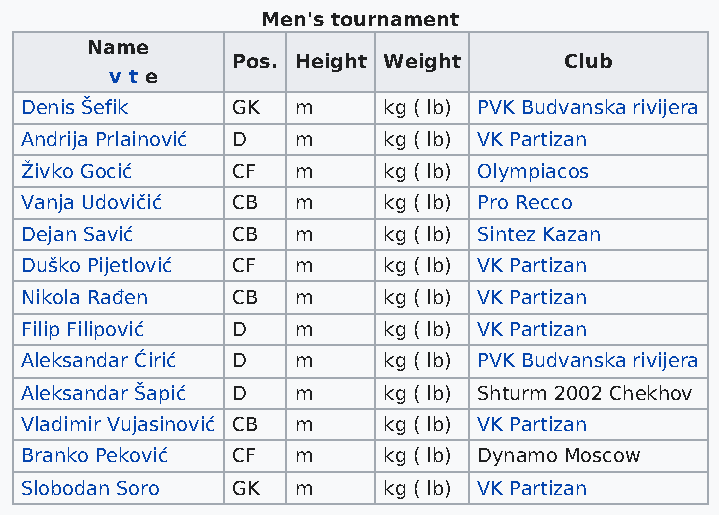
Men's tournament
 Name
 Pos. Height Weight    Club
 v t e
 Denis Šefik   GK  m     kg ( lb) PVK Budvanska rivijera
 Andrija Prlainović D m  kg ( lb) VK Partizan
 Živko Gocić   CF  m     kg ( lb) Olympiacos
 Vanja Udovičić CB m     kg ( lb) Pro Recco
 Dejan Savić   CB  m     kg ( lb) Sintez Kazan
 Duško Pijetlović CF m   kg ( lb) VK Partizan
 Nikola Rađen  CB  m     kg ( lb) VK Partizan
 Filip Filipović D m     kg ( lb) VK Partizan
 Aleksandar Ćirić D m    kg ( lb) PVK Budvanska rivijera
 Aleksandar Šapić D m    kg ( lb) Shturm 2002 Chekhov
 Vladimir Vujasinović CB m kg ( lb) VK Partizan
 Branko Peković CF m     kg ( lb) Dynamo Moscow
 Slobodan Soro GK  m     kg ( lb) VK Partizan